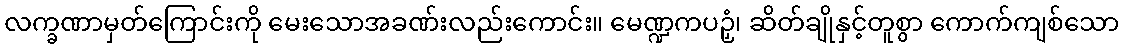
လက္ခဏာမှတ်ကြောင်းကို မေးသောအခဏ်းလည်းကောင်း။ မေဏ္ဍကပဉှံ၊ ဆိတ်ချိုနှင့်တူစွာ ကောက်ကျစ်သော